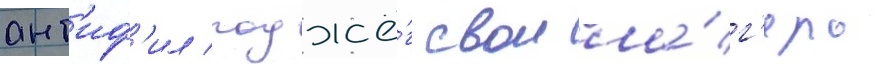
ант'иф'ил поджё́г свои ла́г'ерь